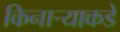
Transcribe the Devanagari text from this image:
किनाऱ्याकडे